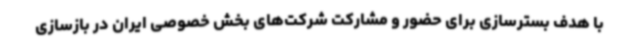
با هدف بسترسازی برای حضور و مشارکت شرکت‌های بخش خصوصی ایران در بازسازی